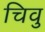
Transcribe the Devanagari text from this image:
चिवु